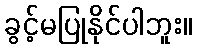
ခွင့်မပြုနိုင်ပါဘူး။